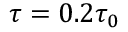
\tau = 0 . 2 \tau _ { 0 }